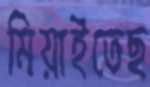
মিয়াইতেছ